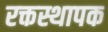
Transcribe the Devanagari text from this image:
रक्तस्थापक